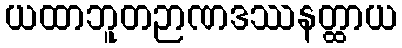
ယထာဘူတဉာဏဒဿနတ္ထာယ